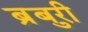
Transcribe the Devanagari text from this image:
ब्रुबरी